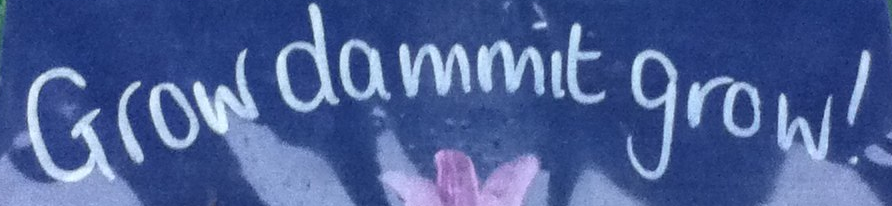
Grow dammit grow!